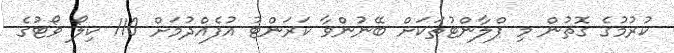
ކުރުމުގެ ގޮތުން މި ޕްލާންޓުތަކަށް ބޭނުންވާ ކަރަންޓު އުފެއްދުމަށް 110 ކިލޯ ވޯޓުގެ